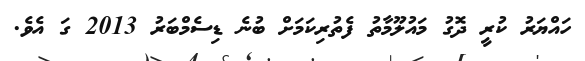
ހައްޔަރު ކުރީ ދޮގު މައުލޫމާތު ފެތުރިކަމަށް ބުނެ ޑިސެމްބަރު 2013 ގަ އެވެ.